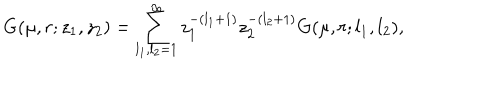
G ( \mu , r ; z _ { 1 } , z _ { 2 } ) = \sum _ { l _ { 1 } , l _ { 2 } = 1 } ^ { \infty } z _ { 1 } ^ { - ( l _ { 1 } + 1 ) } z _ { 2 } ^ { - ( l _ { 2 } + 1 ) } G ( \mu , r ; l _ { 1 } , l _ { 2 } ) ,